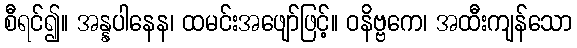
စီရင်၍။ အန္နပါနေန၊ ထမင်းအဖျော်ဖြင့်။ ဝနိဗ္ဗကေ၊ အထီးကျန်သော